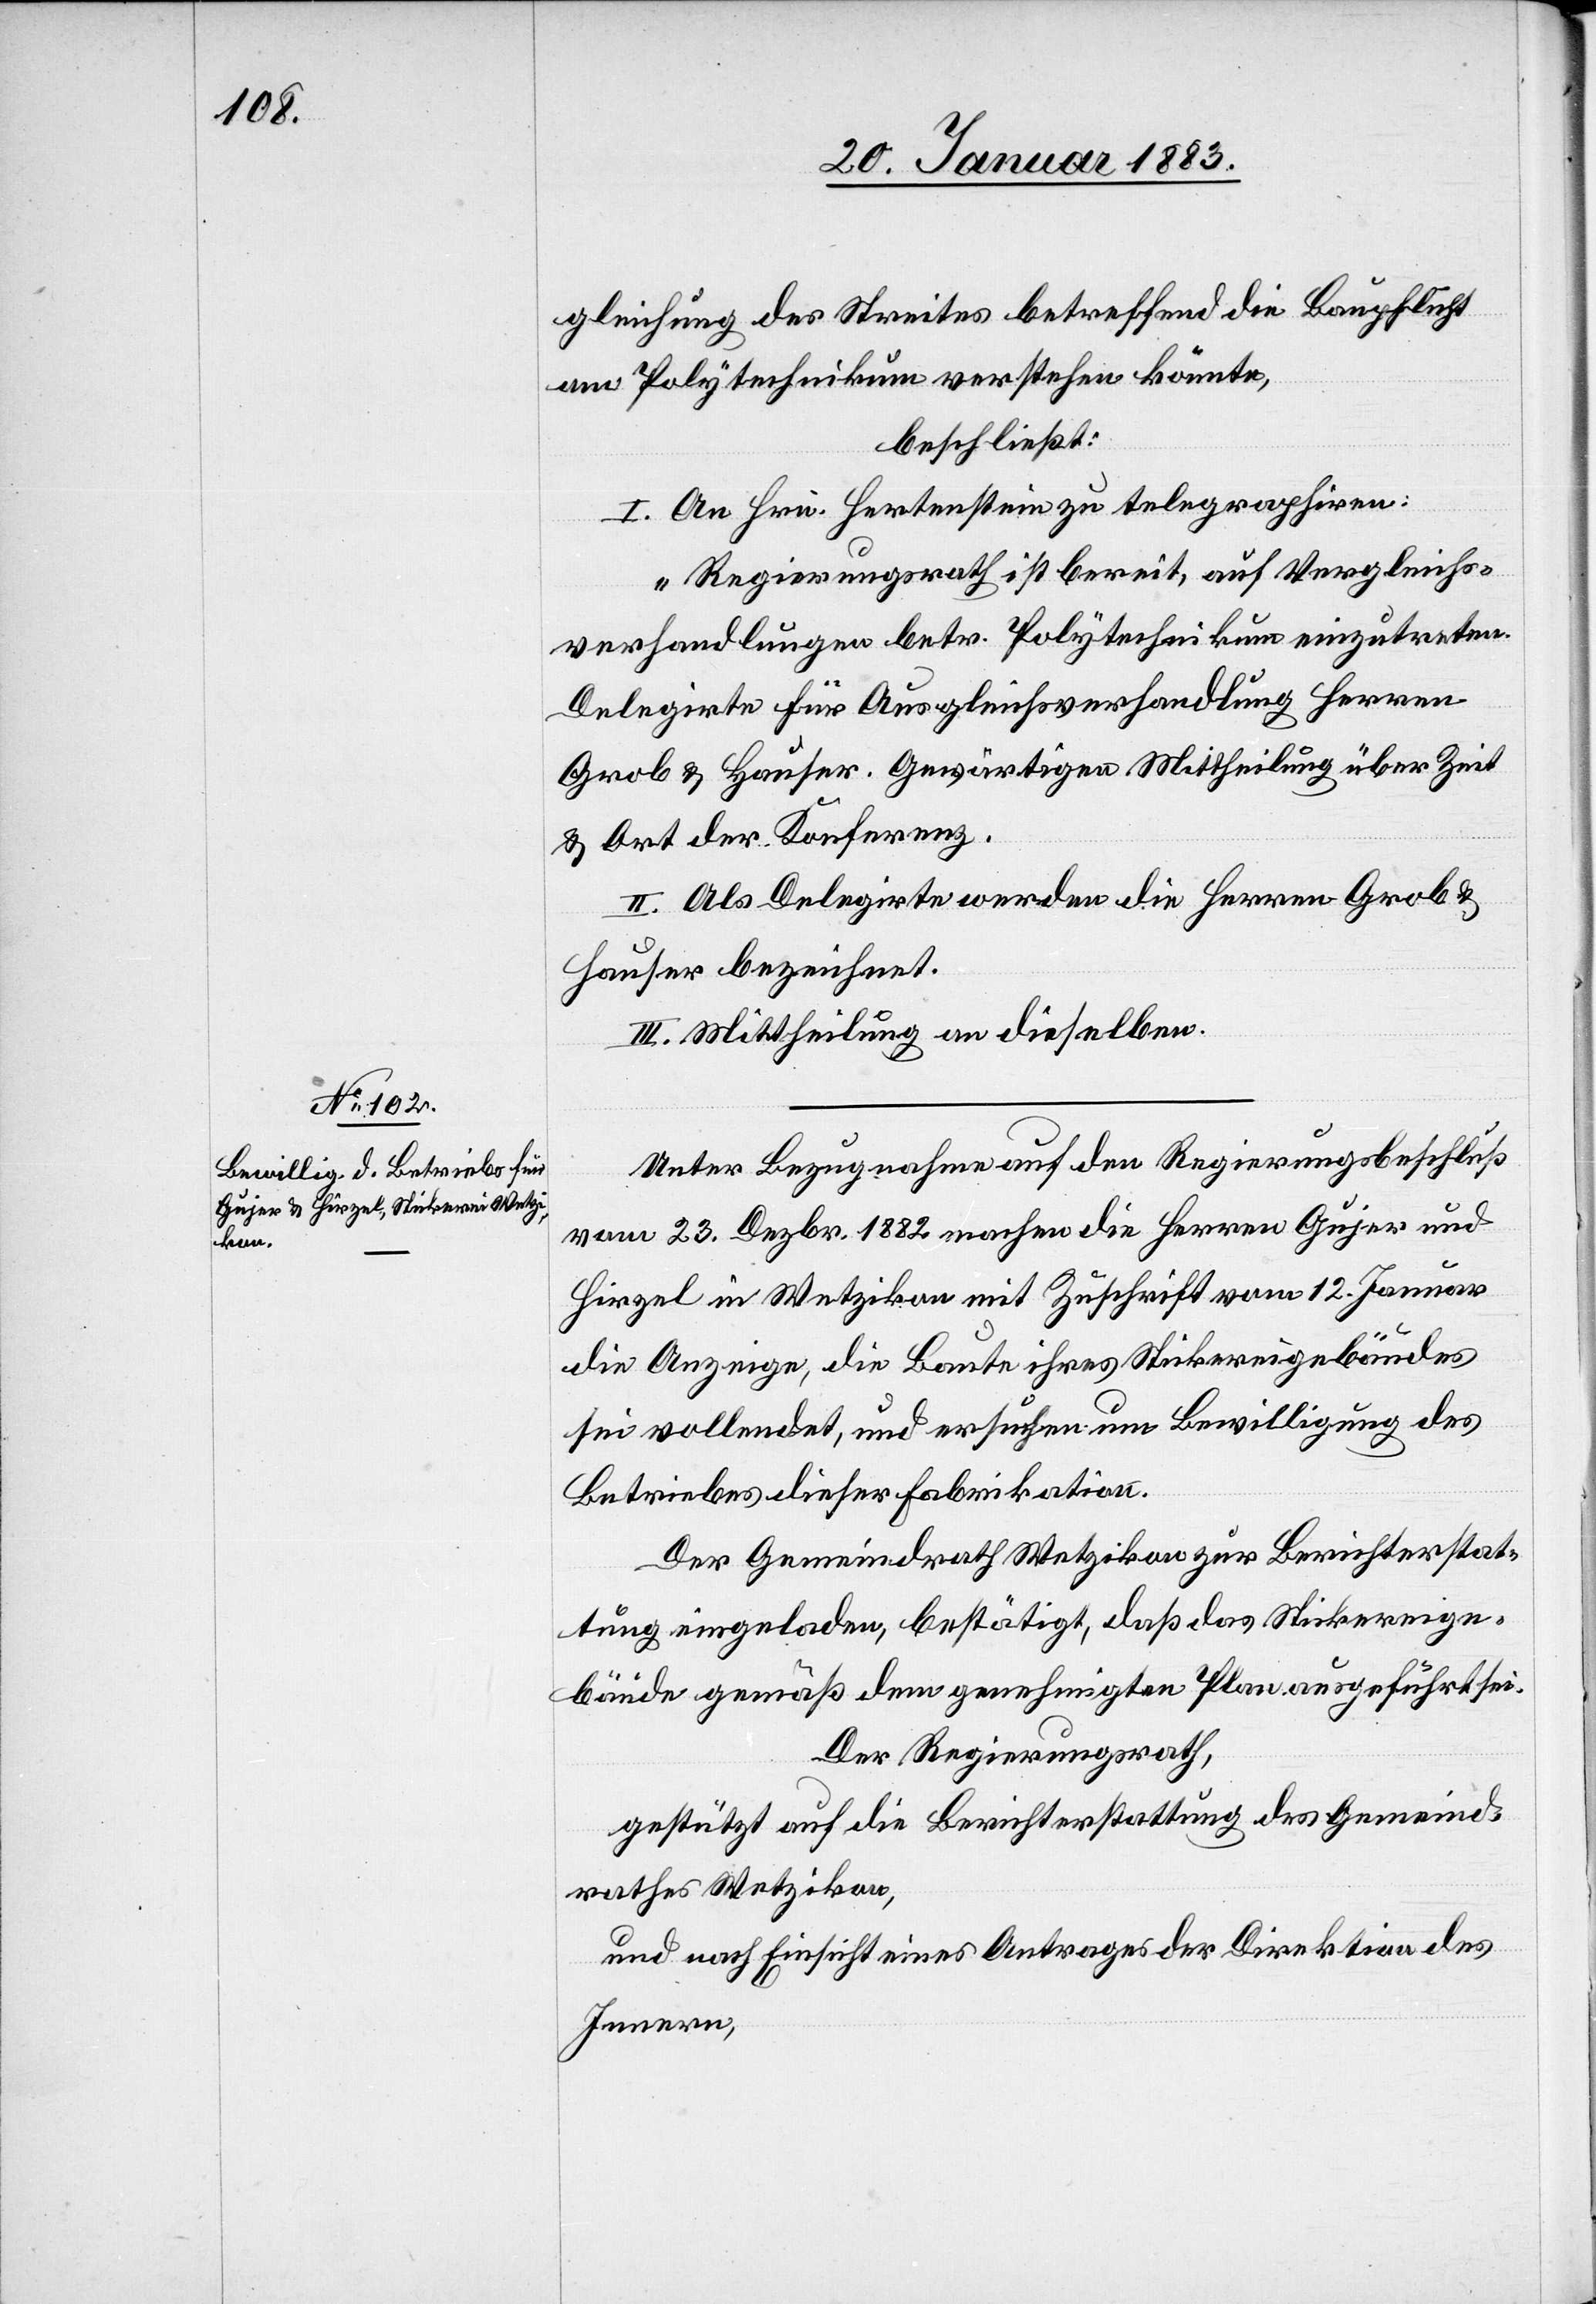
gleichung des Streites betreffend die Baupflicht
am Polytechnikum verstehen könnte,
beschließt:
I. An Hrn. Hertenstein zu telegraphiren:
„Regierungsrath ist bereit, auf Vergleichs¬
verhandlungen betr. Polytechnikum einzutreten.
Delegirte für Ausgleichsverhandlung Herren
Grob & Hauser. Gewärtigen Mittheilung über Zeit
& Ort der Konferenz.“
II. Als Delegirte werden die Herren Grob
Hauser bezeichnet.
III. Mittheilung an dieselben.
Unter Bezugnahme auf den Regierungsbeschluß
vom 23. Dezbr. 1882 machen die Herren Gujer und
Hirzel in Wetzikon mit Zuschrift vom 12. Januar
die Anzeige, die Baute ihres Stickereigebäudes
sei vollendet, und ersuchen um Bewilligung des
Betriebes dieser Fabrikation.
Der Gemeindrath Wetzikon zur Berichterstat¬
tung eingeladen, bestätigt, daß das Stickereige¬
bäude gemäß dem genehmigten Plan ausgeführt sei.
Der Regierungsrath,
gestützt auf die Berichterstattung des Gemeind¬
rathes Wetzikon,
und nach Einsicht eines Antrages der Direktion des
Innern,